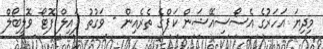
މިދިޔަ އަހަރުގެ އެސޯސިއޭޝަން ކަޕްގެ ތެރެއިން - ވަގުތު ފައިލް ފޮޓޯ ވޮލީބޯލް